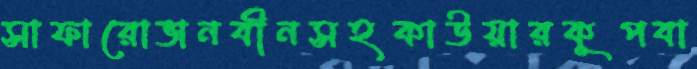
সাফারোভানবীনসহকাউয়ারকূপবা